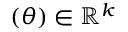
{ \bf { \Lambda } } \left( \theta \right) \in \mathbb { R } ^ { k }